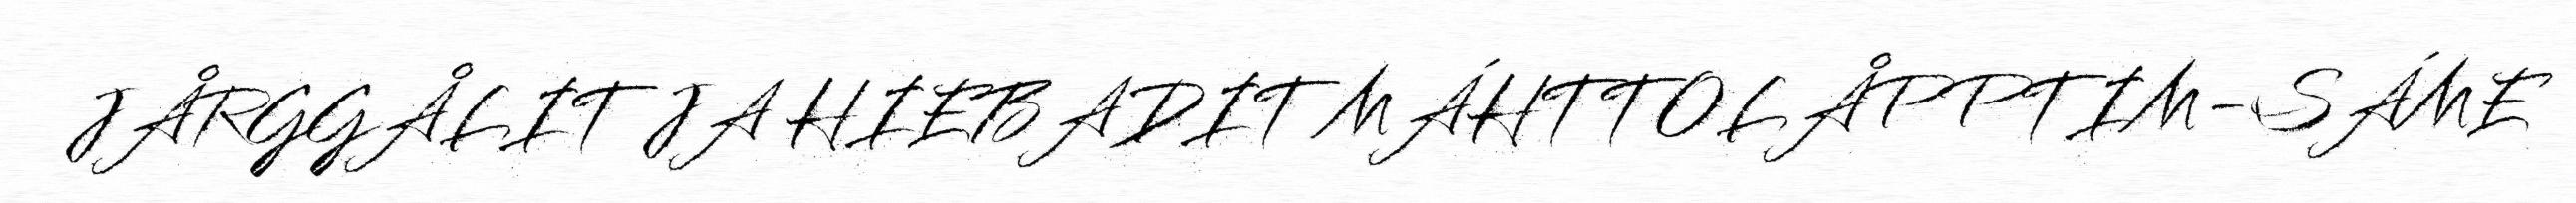
JÅRGGÅLIT JA HIEBADIT MÁHTTOLÅPPTIM-SÁME